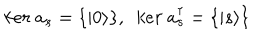
LaTeX: k e r \ a _ { s } = \{ | 0 \rangle \} , \ \ k e r \ a _ { s } ^ { \dagger } = \{ | s \rangle \}